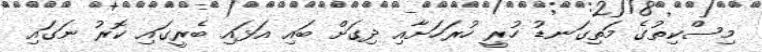
މިސްކިތުގެ މަތިގަނޑު ހުރީ ހުރަހަށާއި ދިގަށް ބައި އަޅައި ބެރީގައި ކޮރު ނަގައި